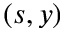
( s , y )